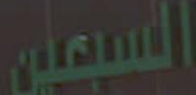
السبعين